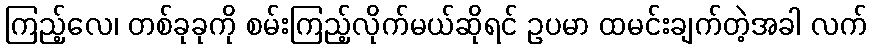
ကြည့်လေ၊ တစ်ခုခုကို စမ်းကြည့်လိုက်မယ်ဆိုရင် ဥပမာ ထမင်းချက်တဲ့အခါ လက်